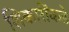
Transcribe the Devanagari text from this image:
शिकारींकडे